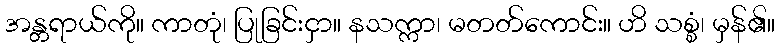
အန္တရာယ်ကို။ ကာတုံ၊ ပြုခြင်းငှာ။ နသက္ကာ၊ မတတ်ကောင်း။ ဟိ သစ္စံ၊ မှန်၏။